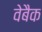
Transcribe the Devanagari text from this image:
वेबैक